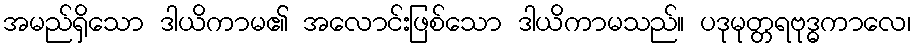
အမည်ရှိသော ဒါယိကာမ၏ အလောင်းဖြစ်သော ဒါယိကာမသည်။ ပဒုမုတ္တရဗုဒ္ဓကာလေ၊